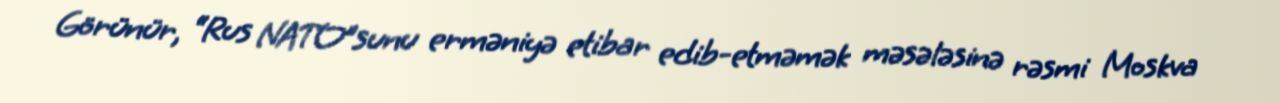
Görünür, “Rus NATO”sunu erməniyə etibar edib-etməmək məsələsinə rəsmi Moskva